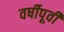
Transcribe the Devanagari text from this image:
वर्षीपूर्वी